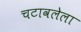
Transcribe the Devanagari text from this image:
चटावलेला